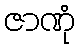
ဇာဏုံ